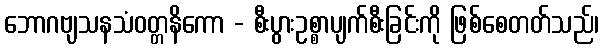
ဘောဂဗျသနသံဝတ္တနိကော - စီးပွားဥစ္စာပျက်စီးခြင်းကို ဖြစ်စေတတ်သည်၊